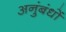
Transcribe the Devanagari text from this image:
अनुंबंधों